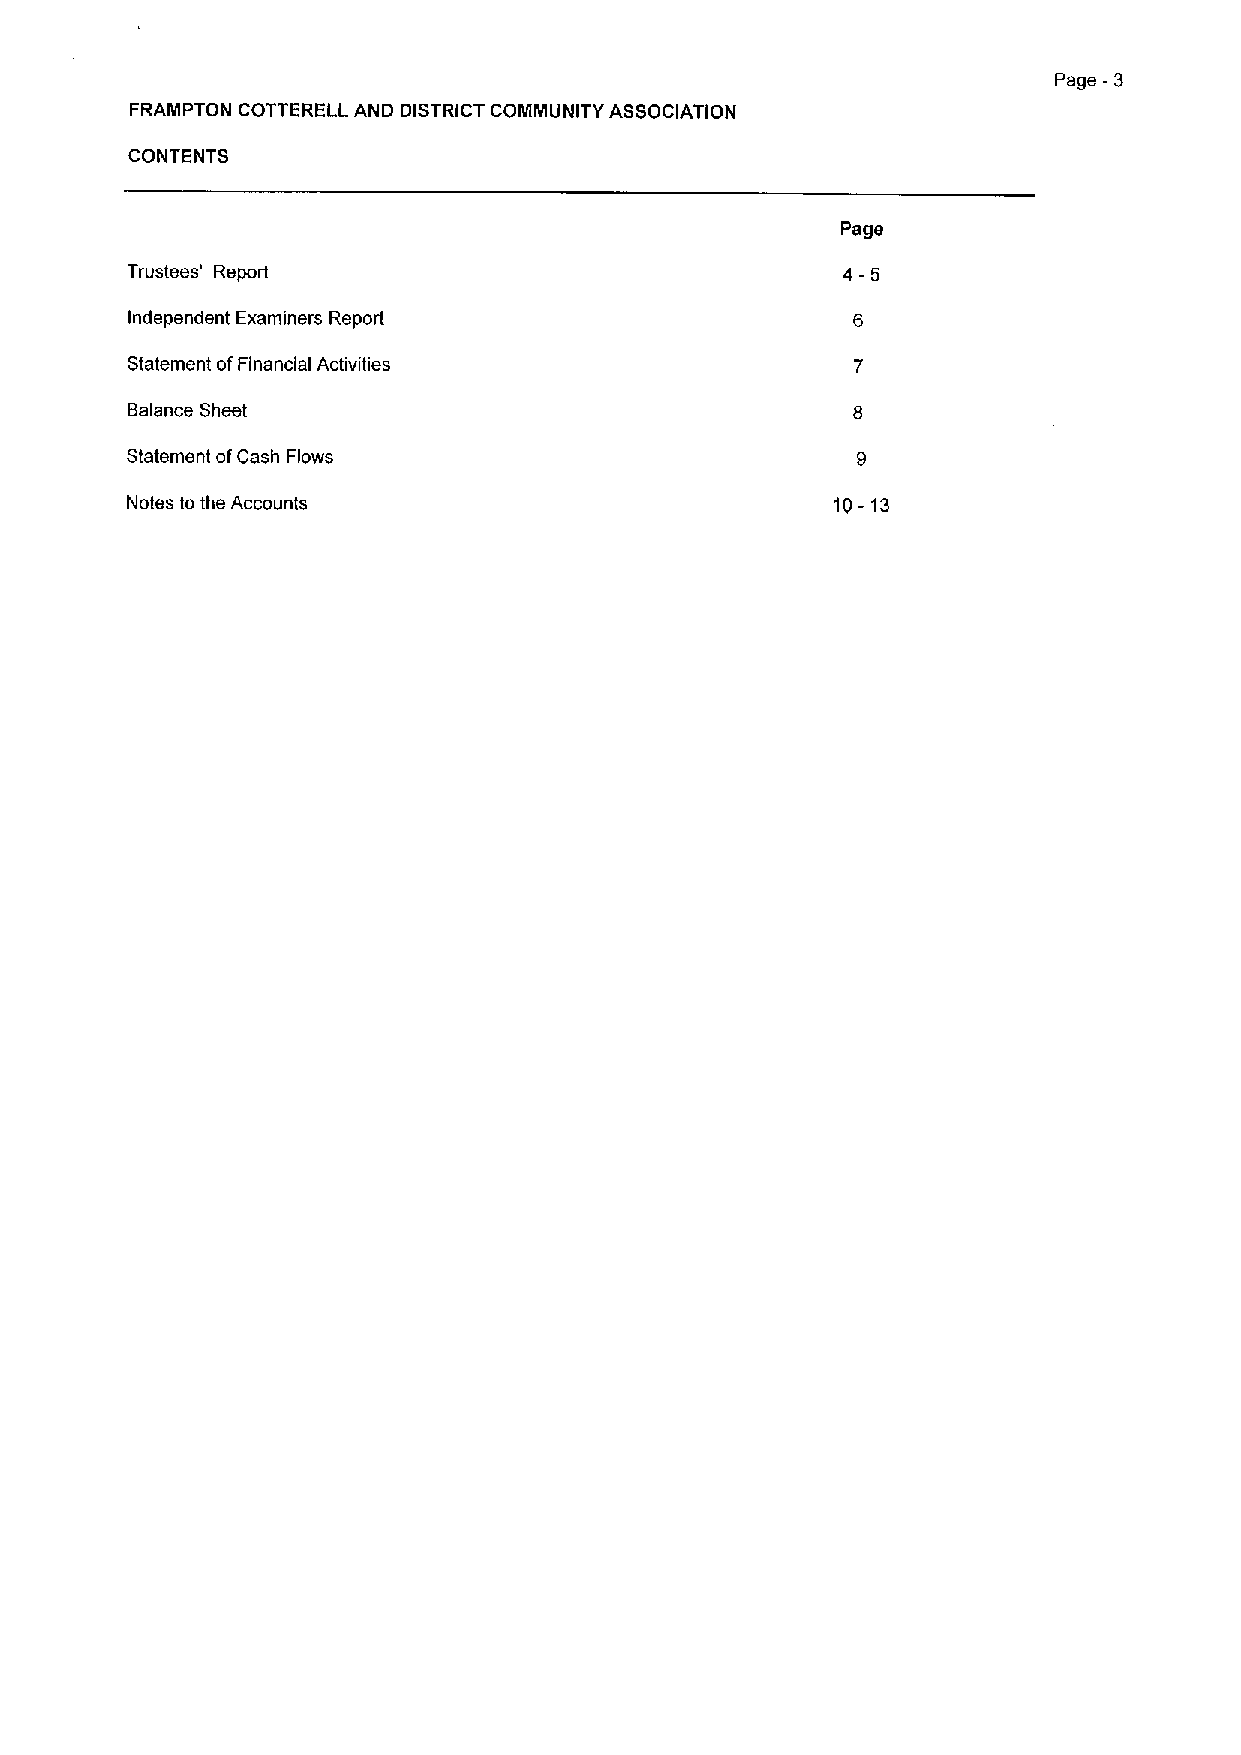
Page -3
 FRAMPTON COTTERELL AND DISTRICT COMMUNITY ASSOCIATION
 CONTENTS
 Page
 Trustees' Report                                4-5
 Independent Examiners Report
 Statement ofFinancial Activities
 Balance Sheet
 Statement ofCash Flows
 Notes to the Accounts                          tg - 13